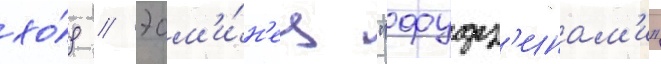
хо́д // Эсм'и́н'ец "фудз'инам'и"